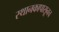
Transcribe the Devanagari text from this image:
स्थानकापासूनच